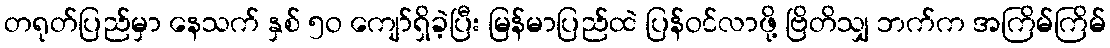
တရုတ်ပြည်မှာ နေသက် နှစ် ၅ဝ ကျော်ရှိခဲ့ပြီး မြန်မာပြည်ထဲ ပြန်ဝင်လာဖို့ ဗြိတိသျှ ဘက်က အကြိမ်ကြိမ်